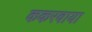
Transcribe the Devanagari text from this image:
ककरवाया